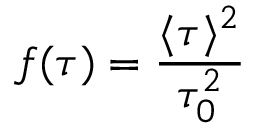
f ( \tau ) = \frac { \langle \tau \rangle ^ { 2 } } { \tau _ { 0 } ^ { 2 } }